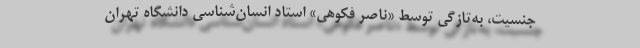
جنسیت، به‌تازگی توسط «ناصر فکوهی» استاد انسان‌شناسی دانشگاه تهران